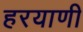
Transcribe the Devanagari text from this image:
हरयाणी